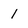
Character: 1